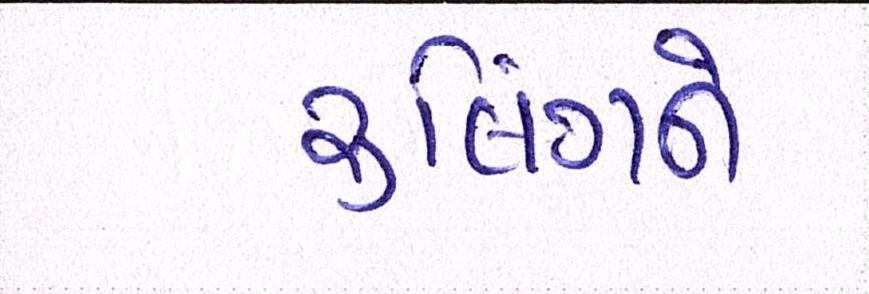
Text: રૃલિંગને